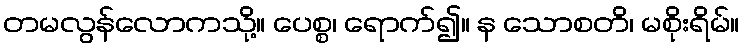
တမလွန်လောကသို့။ ပေစ္စ၊ ရောက်၍။ န သောစတိ၊ မစိုးရိမ်။